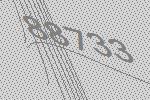
88733